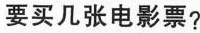
要买几张电影票?